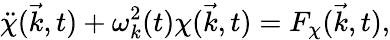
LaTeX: \ddot{\chi}(\vec{k},t)+{\omega}_{k}^{2}(t){\chi}(\vec{k},t)=F_{\chi}(\vec{k},t),